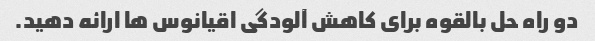
دو راه حل بالقوه برای کاهش آلودگی اقیانوس ها ارائه دهید.